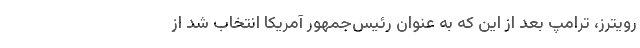
رویترز، ترامپ بعد از این که به عنوان رئیس‌جمهور آمریکا انتخاب شد از